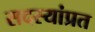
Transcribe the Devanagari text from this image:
सदस्यांप्रत